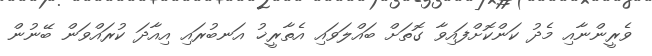
ވެރީންނާއި މެދު ކަންކޮށްފައިވާ ގޮތަށް ބައްލަވައި އެތާރީޚު އަނބުރައި އިއާދަ ކުރައްވަން ބޭނުން